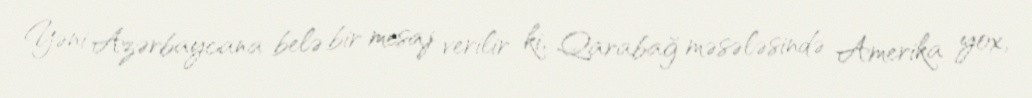
Yəni Azərbaycana belə bir mesaj verilir ki, Qarabağ məsələsində Amerika yox,